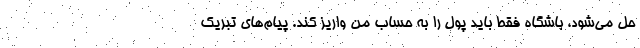
حل می‌شود، باشگاه فقط باید پول را به حساب من واریز کند. پیام‌های تبریک